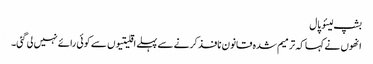
بشپ لیئو پال
انھوں نے کہا کہ ترمیم شدہ قانون نافذ کرنے سے پہلے اقلیتیوں سے کوئی رائے نہیں لی گئی۔